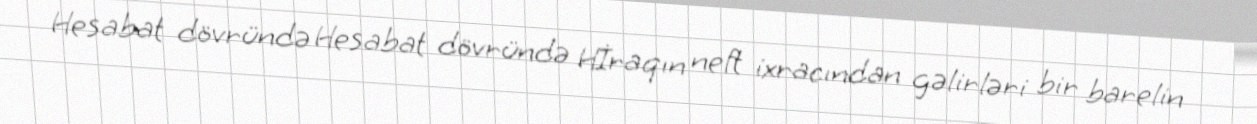
Hesabat dövründə Hesabat dövründə Hİraqın neft ixracından gəlirləri bir barelin